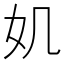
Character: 𡚫